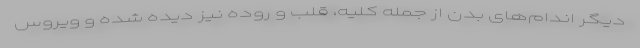
دیگر اندام‌های بدن از جمله کلیه، قلب و روده نیز دیده شده و ویروس